Annual report of the Bengal Veterinary College and of the Civil Veterinary Department, Bengal, for the year 1909-1910 - 1909-1910
Year: 1909
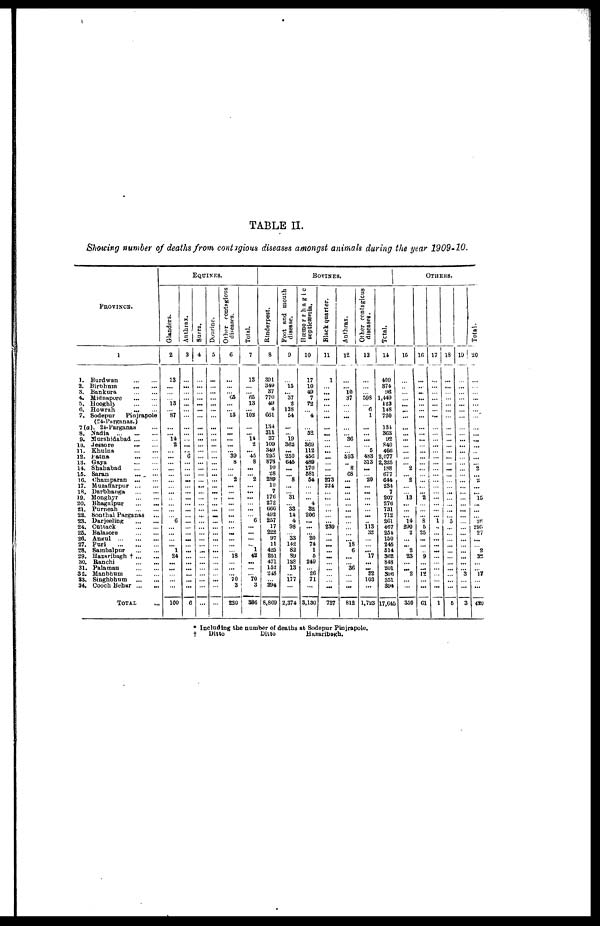
TABLE II.
Showing number of deaths from contagious diseases amongst animals during the year 1909-10.
PROVINCE.
1
1. Burdwan
...
...
2.
Birbhum ... ...
3. Bankura
...
...
4. Midnapore
...
...
5.
Hooghly ... ...
6. Howrah
...
...
7. Sodepur
Pinjrapole
(24-Purganas.)
7(a). 24-Parganas ...
8. Nadia
...
...
...
9. Murshidabad
...
...
10. Jessore ... ...
11. Khulna
...
...
12. Patna ... ...
13. Gaya
...
...
14. Shahabad
...
...
15. Saran
...
...
16.
Champaran ... ...
17. Muzaffarpur
...
...
18. Darbhanga
...
...
19. Monghyr
...
...
20. Bhagalpur
...
...
21, Purneah
...
...
22. Sonthal Parganas ...
23. Darjeeling
...
...
24. Cuttack
...
...
25. Balasore
...
...
26. Angul
...
...
...
27. Puri
...
...
...
28. Sambalpur
...
...
29. Hazaribagh † ... ...
30. Ranchi
...
...
31.
Palaman ... ...
32. Manbhum
...
...
33. Singhbhum
...
...
34. Cooch Behar
...
...
TOTAL ...
EQUINES.
Glanders.
2
13
...
...
... 13
... 87
...
... 14
2
...
...
...
...
...
...
...
...
...
...
...
... 6
...
...
... ... 1
24
...
...
...
...
...
160
Anthrax.
3
...
...
...
...
...
...
...
...
...
...
...
... 6
...
...
...
...
...
...
...
...
...
...
...
...
...
...
...
...
...
...
...
...
...
...
6
Surra.
4
...
...
...
...
...
...
...
...
...
...
...
...
...
...
...
...
...
...
...
...
...
...
...
...
...
...
...
...
...
...
...
...
...
...
...
...
Dourine.
5
...
...
...
...
...
...
...
...
...
...
...
...
...
...
...
...
...
...
...
...
...
...
...
...
...
...
...
...
...
...
...
...
...
...
...
...
Other contagious
diseases.
6
...
...
...
65
...
... 15
...
...
...
...
... 39
8
...
... 2
... ...
...
...
... ...
...
... ...
...
...
... 18
...
... ... 70
3
220
Total.
7
13
...
... 65
13
... 102
...
... 14
2
... 45
8
...
2
... ...
...
...
...
... 6
...
...
...
... 1
42
...
...
... 70
3
386
BOVINES.
Rinderpest.
8
391
349
37
770
49
4
661
134
311
37
109
349
295
878
10
28
289
10
7
176
272
666
492
257
17
222
97
11
42S
251
471
152
218
... 894
8,869
Foot and mouth
disease.
9
...
15
... 37
2
138
54
...
... 19
362
...
250
645
...
... 8
...
...
31
... 33
14
4
98
... 33
142
82
89
128
13
... 177
...
2,374
Hæmorrhagic
septicæmia.
10
17
10
49
7
72
... 4
... 52
... 369
112
456
489
170
581
54
...
...
... 4
32
206
...
...
... 20
74
1
6
249
... 26
71
...
3,130
Black quarter.
11
1
...
...
...
...
...
...
...
...
...
...
...
...
...
...
... 273
224
...
...
...
...
...
... 239
...
... ...
... ...
...
...
...
...
...
737
Anthrax.
12
...
...
10
37
...
...
...
...
... 36
...
... 593
... 8
68
...
...
...
...
...
...
...
...
...
...
...
18 6
...
... 36
... ...
...
812
Other contagious
diseases.
13
...
...
... 598
...
6 1
...
...
...
... 5
483
313
...
... 20
...
...
...
...
... ...
... 113
32
...
... ... 17
...
... 82
103
...
1,723
Total.
14
409
874
96
1,449
123
148
720
134
363
92
840
466
2,077
2,825
188
677
644
234
7
207
276
731
712
261
467
254
150
245
514
362
848
201
306
351
394
17,645
OTHERS.
15
...
...
...
...
...
...
...
...
...
...
...
...
...
... 2
... 2
...
... 13
...
...
... 14
290
2
... ... 2
23
...
... 2
...
...
350
16
...
...
...
...
...
...
...
...
...
...
...
...
...
...
...
...
...
...
... 2
...
...
... 8
5
25
...
...
... 9
...
... 12
...
...
61
17
...
...
...
...
...
...
...
...
...
...
...
...
...
...
...
...
...
...
...
...
...
...
...
1
...
...
...
...
...
...
...
...
...
...
...
1
18
...
...
...
...
...
...
...
...
...
...
...
...
...
...
...
...
...
...
...
...
...
...
... 5
...
...
...
...
...
...
...
...
...
...
...
5
19
...
...
...
...
...
...
...
...
...
...
...
...
...
...
...
...
...
...
...
...
...
...
...
...
...
...
...
...
...
...
...
... 3
...
...
3
Total.
20
...
...
...
...
...
...
...
...
...
...
...
...
...
... 2
... 2
...
... 15
...
...
...
28
295
27
...
... 2
33
...
... 17
...
...
420
* Including the number of deaths at Sodepur Pinjrapole,
†
Ditto
Ditto
Hazaribagh.